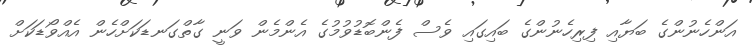
އަންހެނުންގެ ބަޔާއި ފިރިހެނުންގެ ބައިގައި ވެސް ފެންބޮޑުވުމުގެ އެންމެން ވަނީ ގާތްގަނޑަކަށްހެން އެއްވޯޑަކަށް